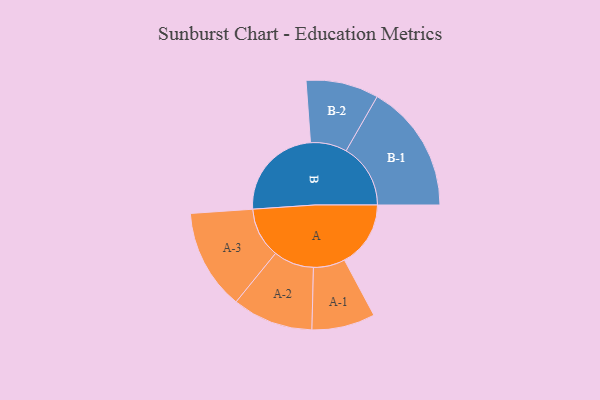
{"axis": {"x": "Segment", "y": "Value"}, "legend": ["", "A", "B"], "data": [{"x": "A", "y": 295, "type": ""}, {"x": "B", "y": 428, "type": ""}, {"x": "A-1", "y": 141, "type": "A"}, {"x": "A-2", "y": 180, "type": "A"}, {"x": "A-3", "y": 224, "type": "A"}, {"x": "B-1", "y": 287, "type": "B"}, {"x": "B-2", "y": 162, "type": "B"}]}